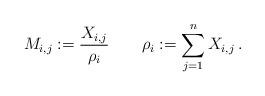
LaTeX: \begin{align*} M_{i,j}:=\frac{X_{i,j}}{\rho_i} \quad\quad\rho_i:=\sum_{j=1}^nX_{i,j}\,.\end{align*}